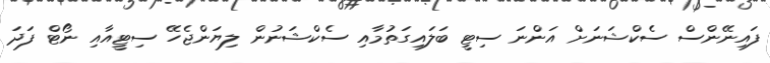
ފައިނޭންސް ސެކްޝަނަށް އަންނަ ސިޓީ ބަލައިގަތުމާއި ސެކްޝަނުން ލިޔަންޖެހޭ ސިޓީއާއި ނޯޓް ފަދަ